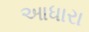
આધારા